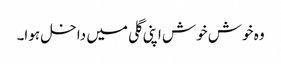
وہ خوش خوش اپنی گلی میں داخل ہوا۔